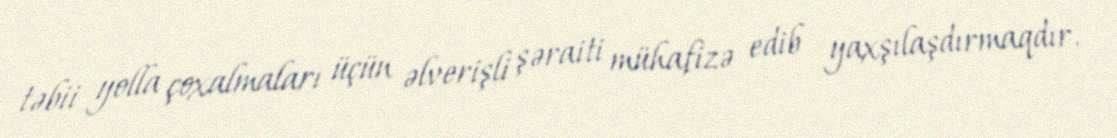
təbii yolla çoxalmaları üçün əlverişli şəraiti mühafizə edib yaxşılaşdırmaqdır.